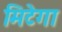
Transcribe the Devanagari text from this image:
मिटेगा